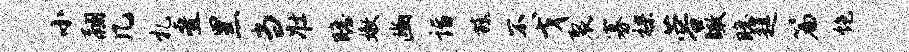
小翮几札叠黑当壮瞻嫩豳诣旒不戈裂寡裸蓉瞰瞻趄篇饱